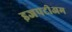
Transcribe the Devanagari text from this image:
इजपटीअम